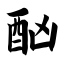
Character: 酗